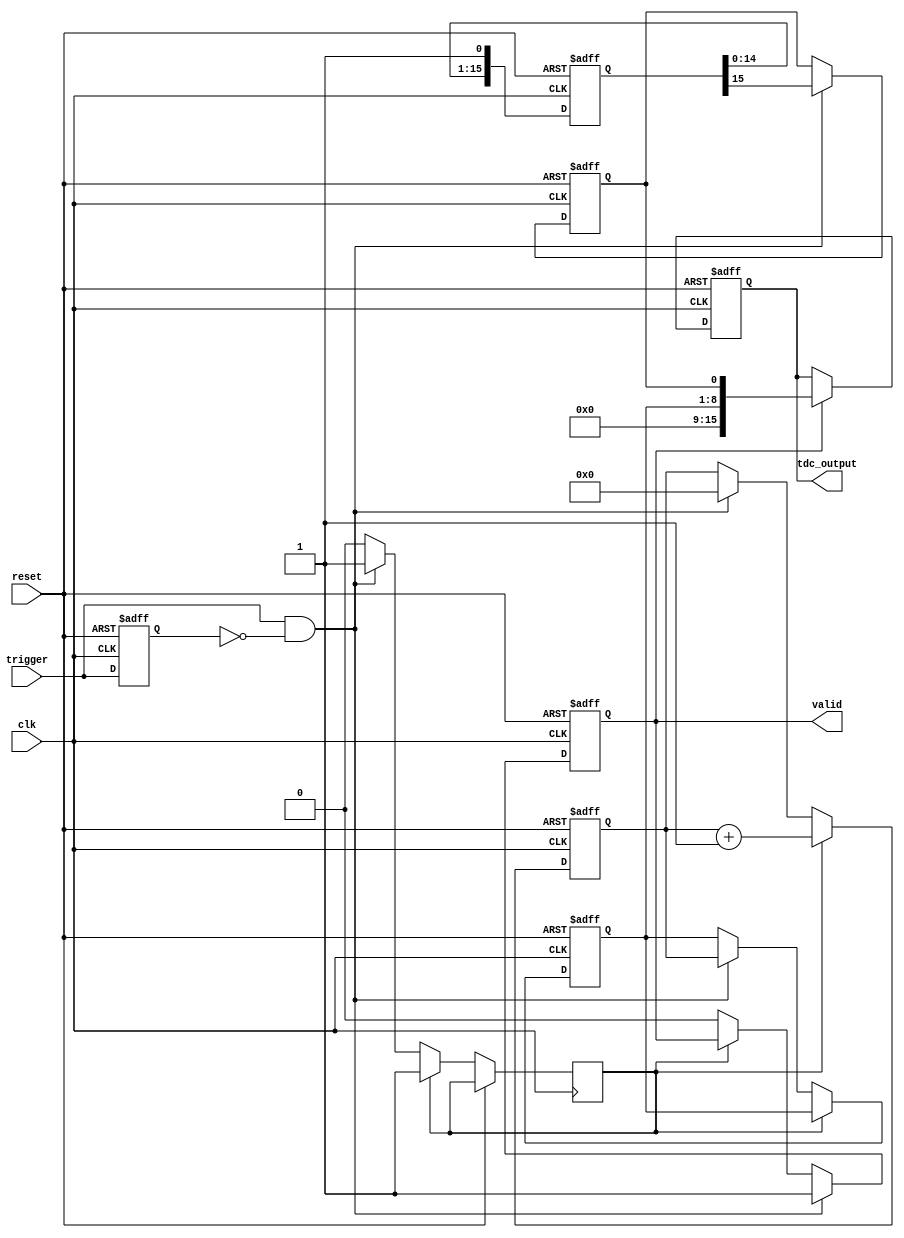
module hybrid_tdc (
    input wire clk,                // System clock
    input wire reset,              // Asynchronous reset
    input wire trigger,            // Input trigger signal (rising edge)
    output reg [15:0] tdc_output,  // TDC output (16-bit)
    output reg valid               // Output valid signal
);

// Parameters
parameter DELAY_LINE_SIZE = 16;  // Number of delay elements
parameter COUNTER_WIDTH = 8;      // Width of the counter

// Internal signals
reg [COUNTER_WIDTH-1:0] counter;  // Coarse time counter
reg [DELAY_LINE_SIZE-1:0] delay_line; // Delay line for fine resolution
reg [COUNTER_WIDTH-1:0] coarse_count; // Coarse count value
reg fine_measurement;              // Fine measurement signal
reg measuring;                     // Measuring state

// Edge detection for trigger
reg trigger_prev;
wire trigger_edge = trigger & ~trigger_prev;

// Delay line implementation (simple shift register)
always @(posedge clk or posedge reset) begin
    if (reset) begin
        delay_line <= 0;
    end else begin
        delay_line <= {delay_line[DELAY_LINE_SIZE-2:0], 1'b1}; // Shift in new delay
    end
end

// Coarse counter
always @(posedge clk or posedge reset) begin
    if (reset) begin
        counter <= 0;
        coarse_count <= 0;
    end else if (measuring) begin
        counter <= counter + 1;
    end else if (trigger_edge) begin
        coarse_count <= counter; // Capture coarse count on trigger edge
        counter <= 0;             // Reset counter
        measuring <= 1;          // Start measuring
    end else if (measuring && (counter == (1 << COUNTER_WIDTH) - 1)) begin
        measuring <= 0;          // Stop measuring when max count reached
    end
end

// Fine measurement logic
always @(posedge clk or posedge reset) begin
    if (reset) begin
        fine_measurement <= 0;
        valid <= 0;
    end else if (trigger_edge) begin
        fine_measurement <= delay_line[DELAY_LINE_SIZE-1]; // Capture fine measurement
        valid <= 1; // Set valid flag
    end else if (!measuring) begin
        valid <= 0; // Clear valid flag when not measuring
    end
end

// Combine coarse and fine measurements
always @(posedge clk or posedge reset) begin
    if (reset) begin
        tdc_output <= 0;
    end else if (valid) begin
        tdc_output <= {coarse_count, fine_measurement}; // Combine coarse and fine
    end
end

// Trigger previous state for edge detection
always @(posedge clk or posedge reset) begin
    if (reset) begin
        trigger_prev <= 0;
    end else begin
        trigger_prev <= trigger;
    end
end

endmodule